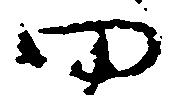
田